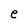
Character: e